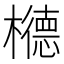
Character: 𱤰